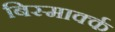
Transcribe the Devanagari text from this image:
बिस्मार्क्क